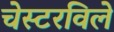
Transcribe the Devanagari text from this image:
चेस्टरविले